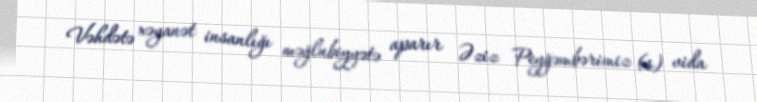
Vəhdətə xəyanət insanlığı məğlubiyyətə aparır Əziz Peyğəmbərimiz (s) vida